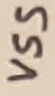
Text: VSS